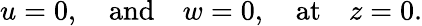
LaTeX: u=0,\quad\textrm{and}\quad w=0,\quad\textrm{at}\quad z=0.